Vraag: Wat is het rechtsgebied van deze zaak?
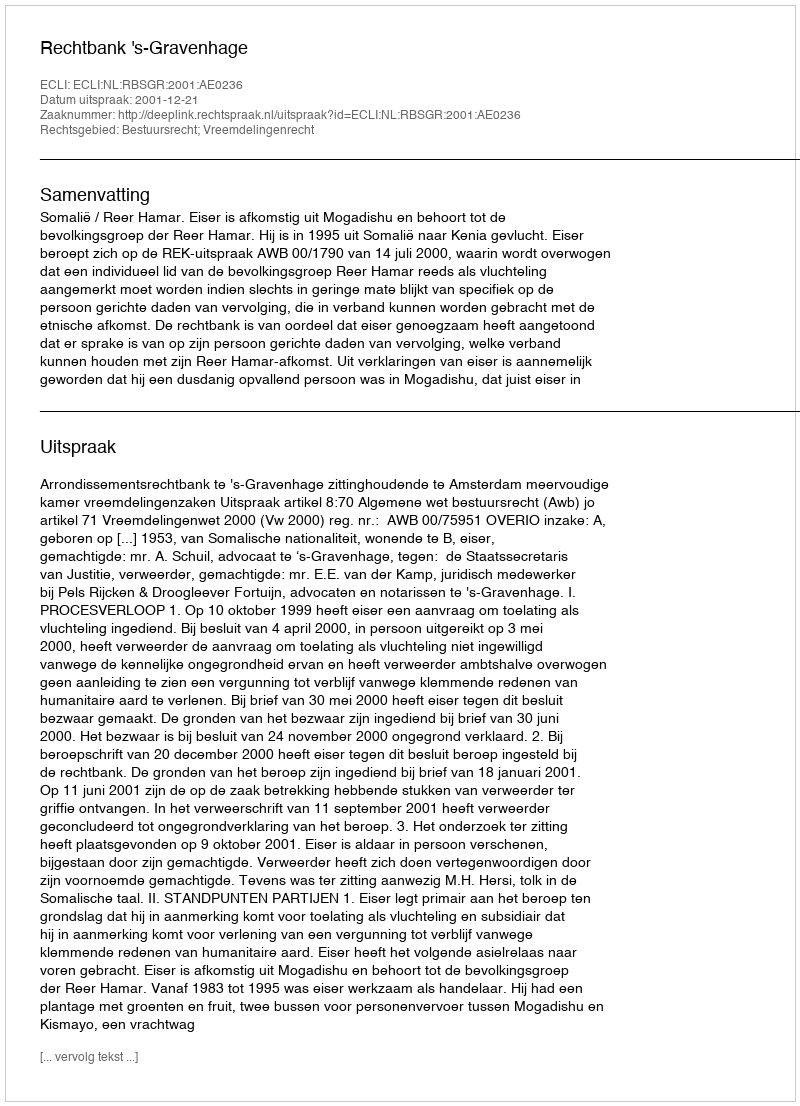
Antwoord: Bestuursrecht; Vreemdelingenrecht